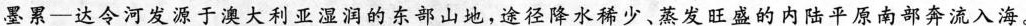
墨累—达令河发源于澳大利亚湿润的东部山地，途径降水稀少、蒸发旺盛的内陆平原南部奔流入海。